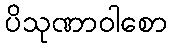
ပိသုဏာဝါစော